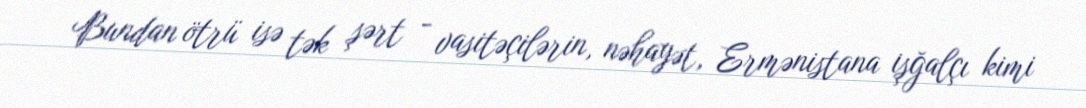
Bundan ötrü isə tək şərt - vasitəçilərin, nəhayət, Ermənistana işğalçı kimi